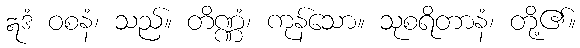
ဣဒံ ဝစနံ၊ သည်။ တိဏ္ဏံ၊ ကုန်သော။ သုစရိတာနံ၊ တို့၏။